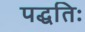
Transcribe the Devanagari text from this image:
पद्धतिः